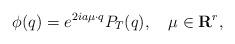
LaTeX: \begin{align*}\phi(q)=e^{2ia\mu\cdot q}P_T(q),\quad \mu\in{\bf R}^r, \end{align*}